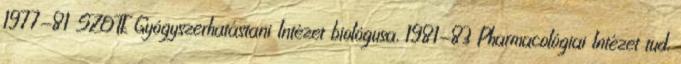
1977-81 SZOTE Gyógyszerhatástani Intézet biológusa, 1981-83 Pharmacológiai Intézet tud.